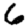
Digit: 6